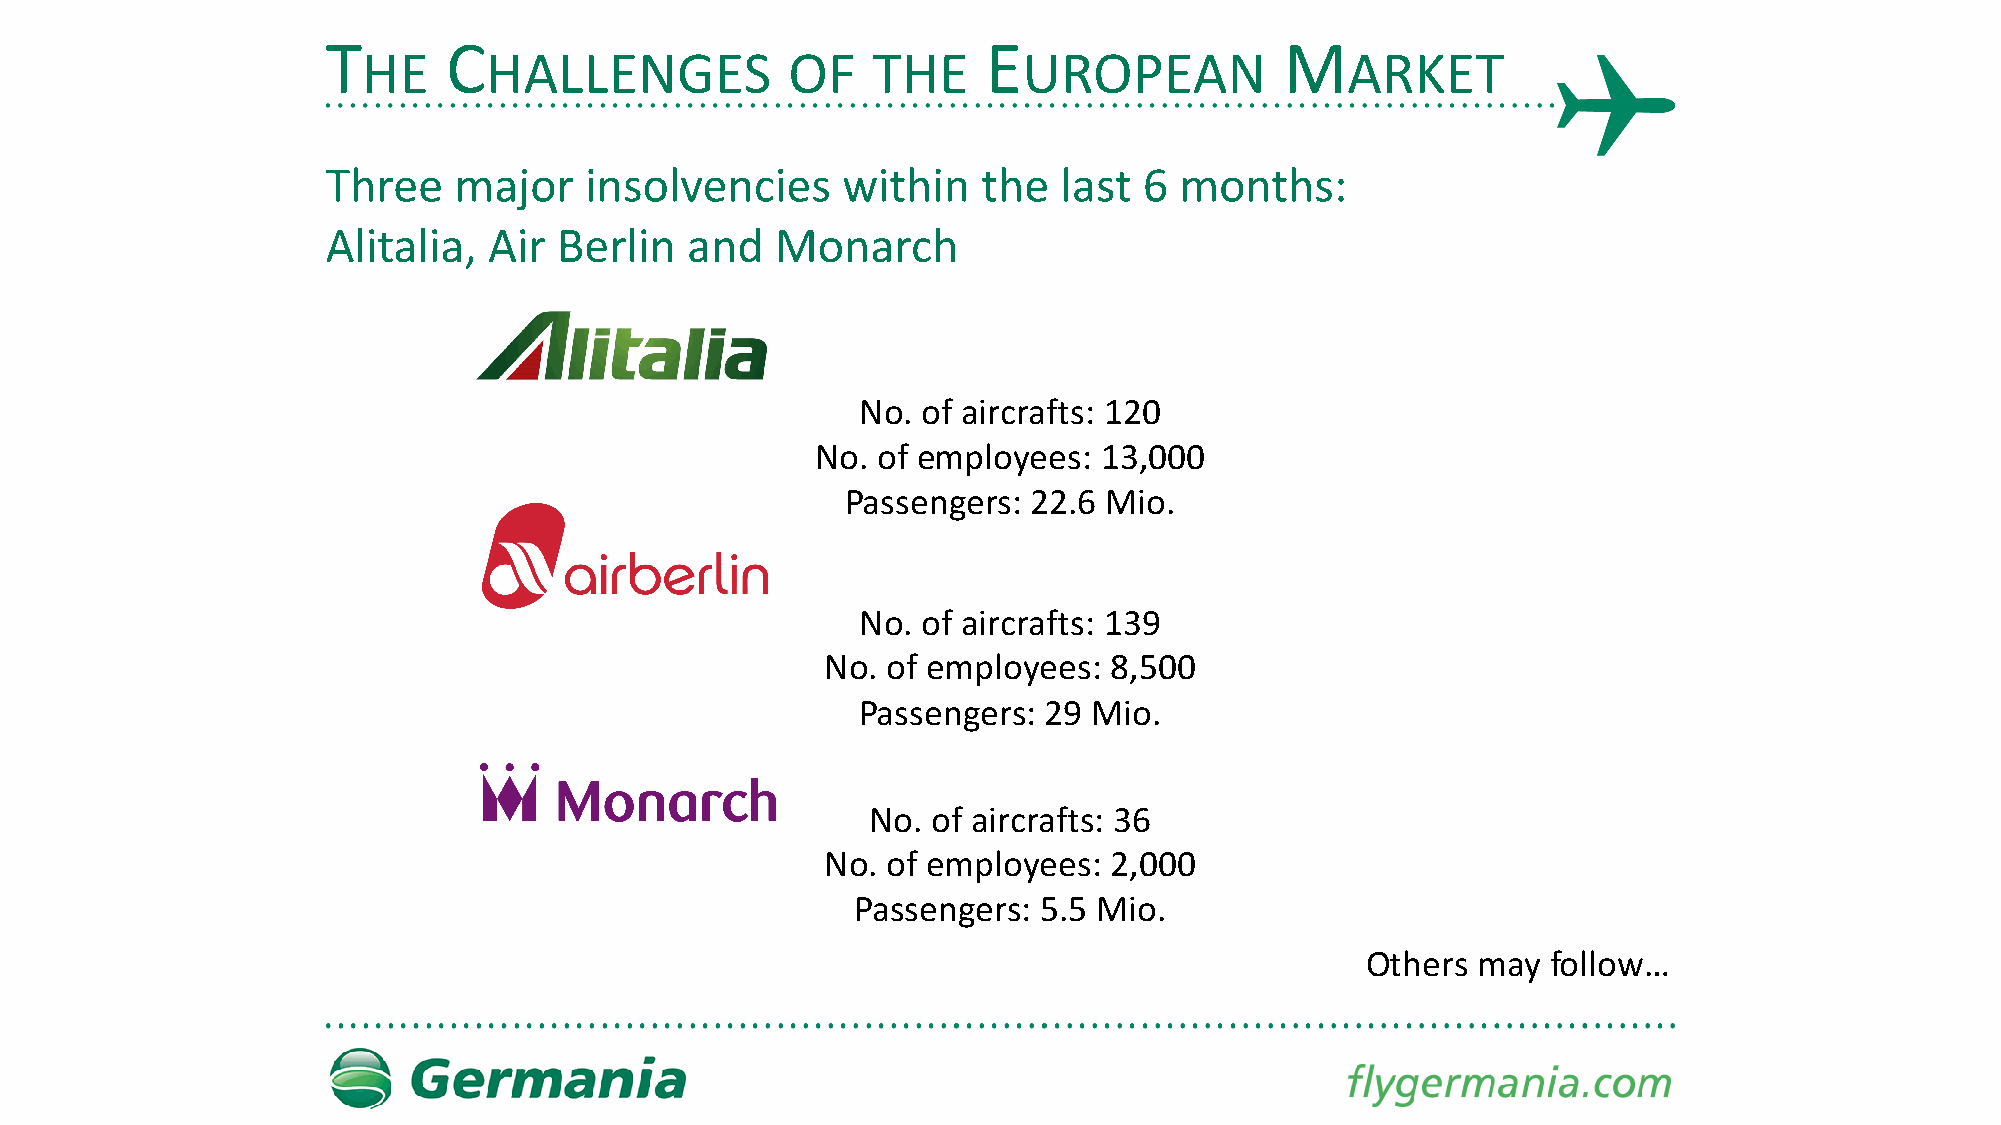
T       C                                  E                   M
 HE      HALLENGES           OF    THE       UROPEAN              ARKET
 Three   major    insolvencies     within   the  last  6 months:
 Alitalia, Air  Berlin  and   Monarch
 No. of aircrafts: 120
 No. of employees:  13,000
 Passengers: 22.6 Mio.
 No. of aircrafts: 139
 No. of employees: 8,500
 Passengers: 29 Mio.
 No. of aircrafts: 36
 No. of employees: 2,000
 Passengers: 5.5 Mio.
 Others  may  follow…